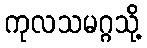
ကုလသမဂ္ဂသို့